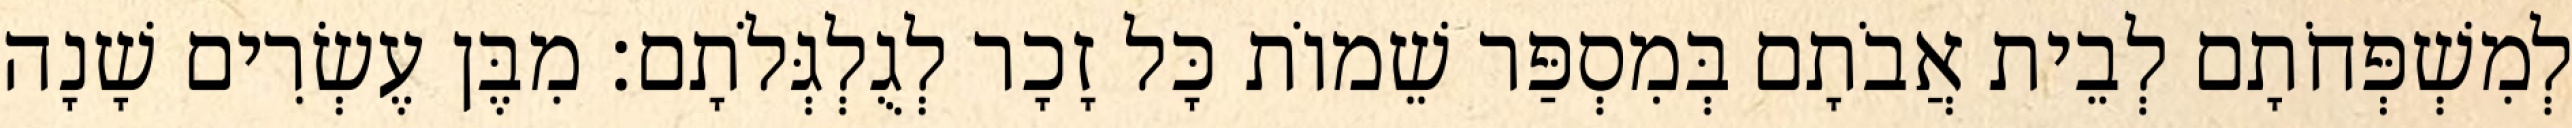
לְמִשְׁפְּחֹתָם לְבֵית אֲבֹתָם בְּמִסְפַּר שֵׁמוֹת כָּל זָכָר לְגֻלְגְּלֹתָם׃ מִבֶּן עֶשְׂרִים שָׁנָה